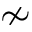
\nsim